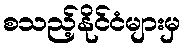
စသည့်နိုင်ငံများမှ